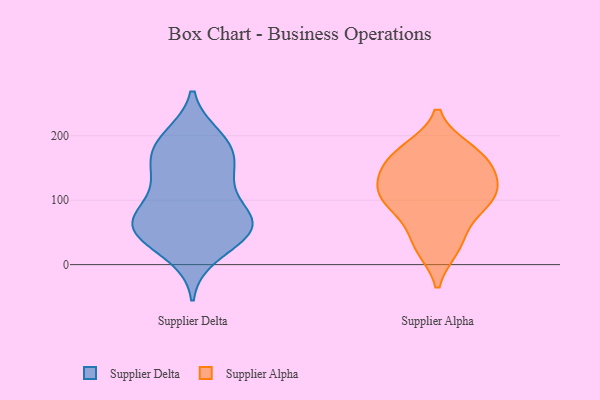
{"axis": {"x": "Bounce Rate (%)", "y": "Value"}, "legend": ["Supplier Alpha", "Supplier Delta"], "data": [{"x": "", "y": 54, "type": "Supplier Delta"}, {"x": "", "y": 14, "type": "Supplier Delta"}, {"x": "", "y": 44, "type": "Supplier Delta"}, {"x": "", "y": 119, "type": "Supplier Delta"}, {"x": "", "y": 133, "type": "Supplier Delta"}, {"x": "", "y": 70, "type": "Supplier Delta"}, {"x": "", "y": 84, "type": "Supplier Delta"}, {"x": "", "y": 159, "type": "Supplier Delta"}, {"x": "", "y": 80, "type": "Supplier Delta"}, {"x": "", "y": 65, "type": "Supplier Delta"}, {"x": "", "y": 57, "type": "Supplier Delta"}, {"x": "", "y": 135, "type": "Supplier Delta"}, {"x": "", "y": 176, "type": "Supplier Delta"}, {"x": "", "y": 29, "type": "Supplier Delta"}, {"x": "", "y": 163, "type": "Supplier Delta"}, {"x": "", "y": 189, "type": "Supplier Delta"}, {"x": "", "y": 58, "type": "Supplier Delta"}, {"x": "", "y": 199, "type": "Supplier Delta"}, {"x": "", "y": 196, "type": "Supplier Delta"}, {"x": "", "y": 63, "type": "Supplier Delta"}, {"x": "", "y": 139, "type": "Supplier Alpha"}, {"x": "", "y": 150, "type": "Supplier Alpha"}, {"x": "", "y": 102, "type": "Supplier Alpha"}, {"x": "", "y": 176, "type": "Supplier Alpha"}, {"x": "", "y": 105, "type": "Supplier Alpha"}, {"x": "", "y": 110, "type": "Supplier Alpha"}, {"x": "", "y": 33, "type": "Supplier Alpha"}, {"x": "", "y": 178, "type": "Supplier Alpha"}, {"x": "", "y": 76, "type": "Supplier Alpha"}, {"x": "", "y": 27, "type": "Supplier Alpha"}, {"x": "", "y": 109, "type": "Supplier Alpha"}, {"x": "", "y": 159, "type": "Supplier Alpha"}]}